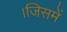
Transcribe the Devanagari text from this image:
।जिसमें